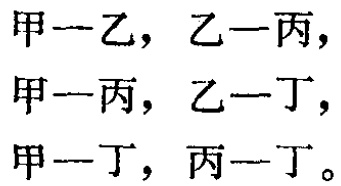
甲---乙，乙一丙，

甲一丙，乙一丁，

甲一丁，丙一丁。